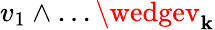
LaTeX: v_{1}\wedge\dots\wedgev_{\mathbf{k}}